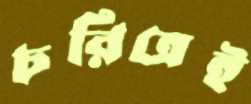
চরিত্রেই